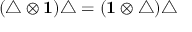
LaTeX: ( \triangle \otimes { \bf 1 } ) \triangle = ( { \bf 1 } \otimes \triangle ) \triangle